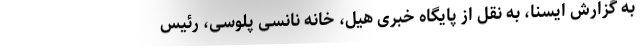
به گزارش ایسنا، به نقل از پایگاه خبری هیل، خانه نانسی پلوسی، رئیس